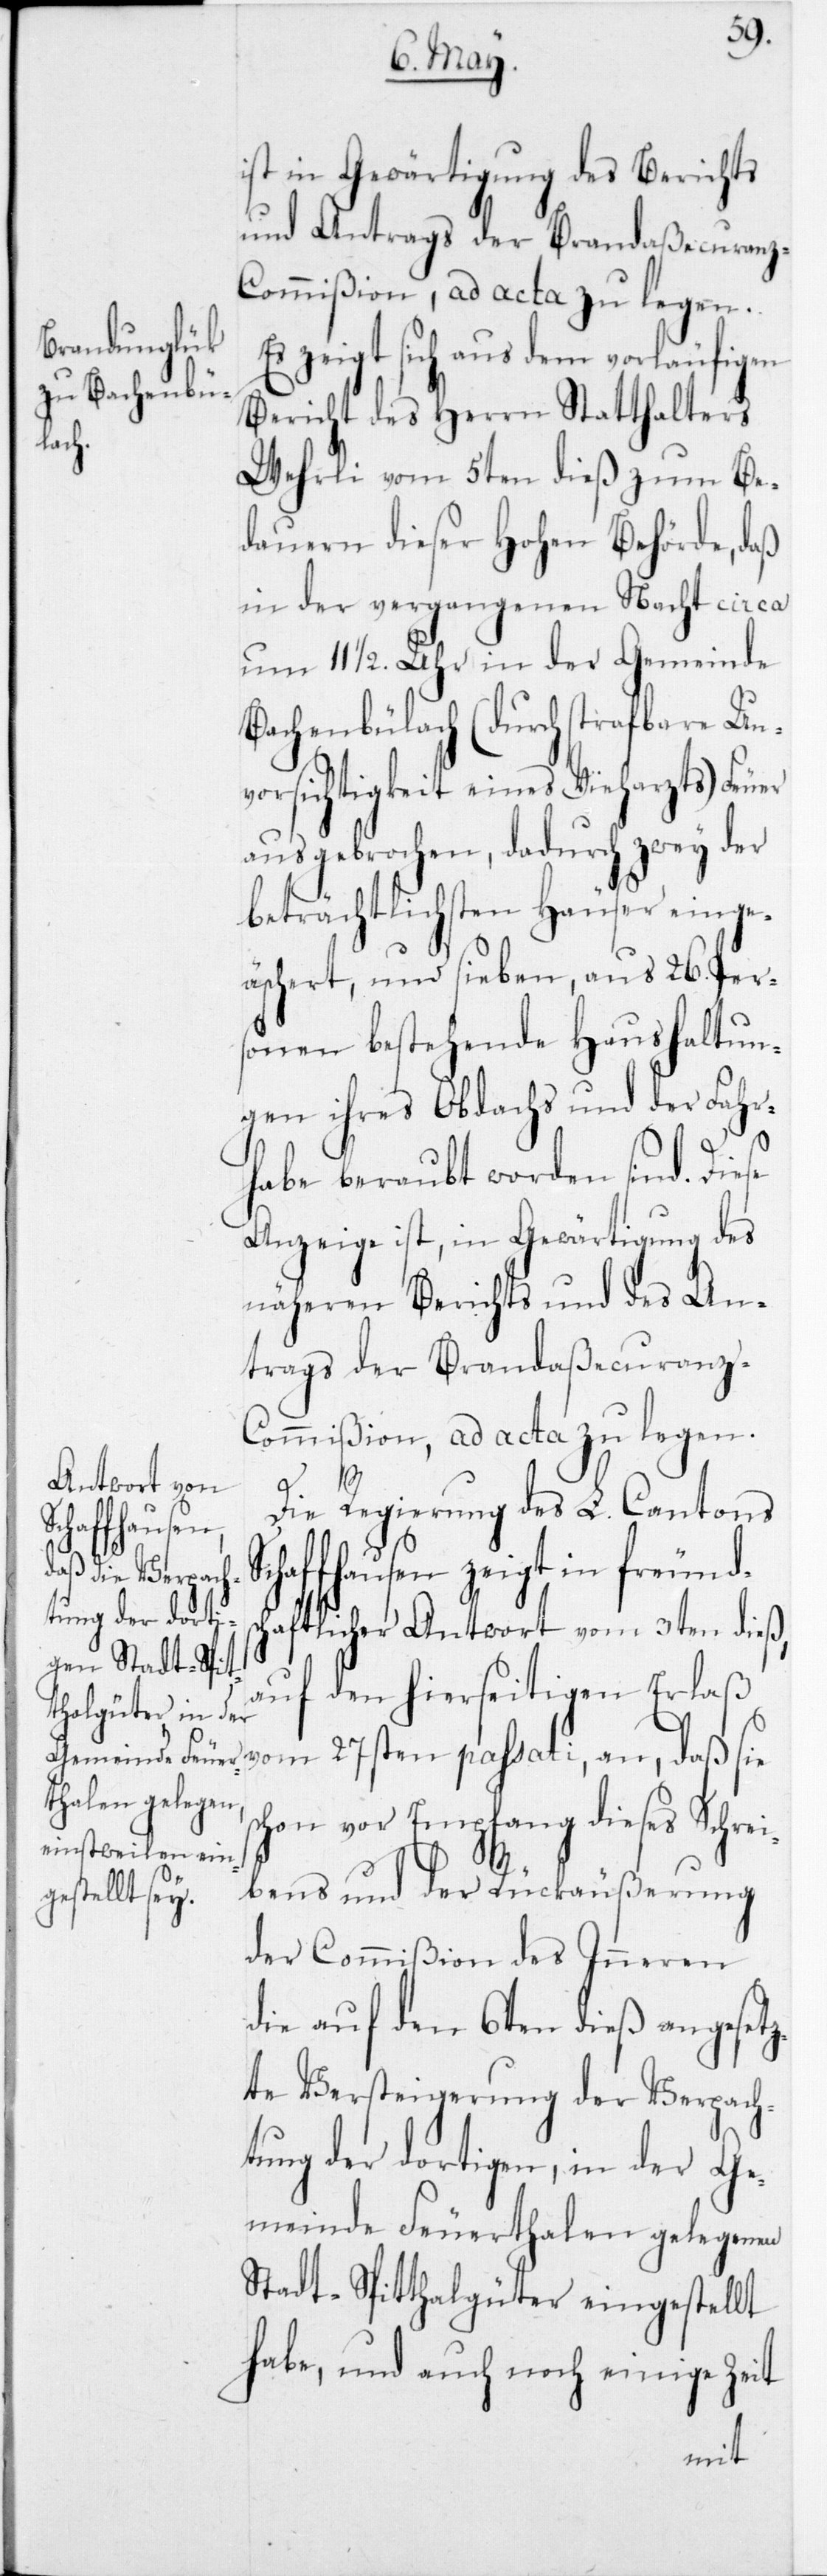
Schaffhausen

ist in Gewärtigung des Berichts
und Antrags der Brandaßecuran¬
z-Commißion, ad acta zu legen.
Es zeigt sich aus dem vorläufigen
Bericht des Herrn Statthalters
Wehrli vom 5ten dieß zum Be¬
dauern dieser Hohen Behörde, daß
in der vergangenen Nacht circa
um 11 1/2 Uhr in der Gemeinde
Bachenbülach (durch strafbare Un¬
vorsichtigkeit eines Vieharzts) Feuer
ausgebrochen, dadurch zwey der
beträchtlichsten Häuser einge¬
äschert, und sieben, aus 26 Per¬
sonen bestehende Haushaltun¬
gen ihres Obdachs und der Fahr¬
habe beraubt worden sind. Diese
Anzeige ist, in Gewärtigung des
näheren Berichts und des An¬
trags der Brandaßecuranz-C¬
ommißion, ad acta zu legen.
sc¬
Die Regierung des L. Cantons
aftlicher Antwort vom 3ten dieß,
auf den hierseitigen Erlaß
vom 27sten passati, an, daß sie
hon vor Empfang dieses Schr¬
eibens und der Rückäußerung
der Commißion des Inneren
die auf den 6ten dieß angesetz¬
te Versteigerung der Verpach¬
tung der dortigen, in der Ge¬
meinde Feuerthalen gelegenen
Stadt-Spitthalgüter eingestellt
habe, und auch noch einige Zeit